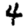
Digit: 4